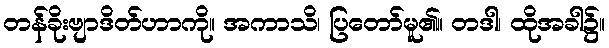
တန်ခိုးဗျာဒိတ်ဟာကို။ အကာသိ၊ ပြတော်မူ၏။ တဒါ၊ ထိုအခါ၌။